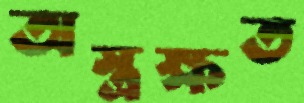
অস্ত্রক্ষত